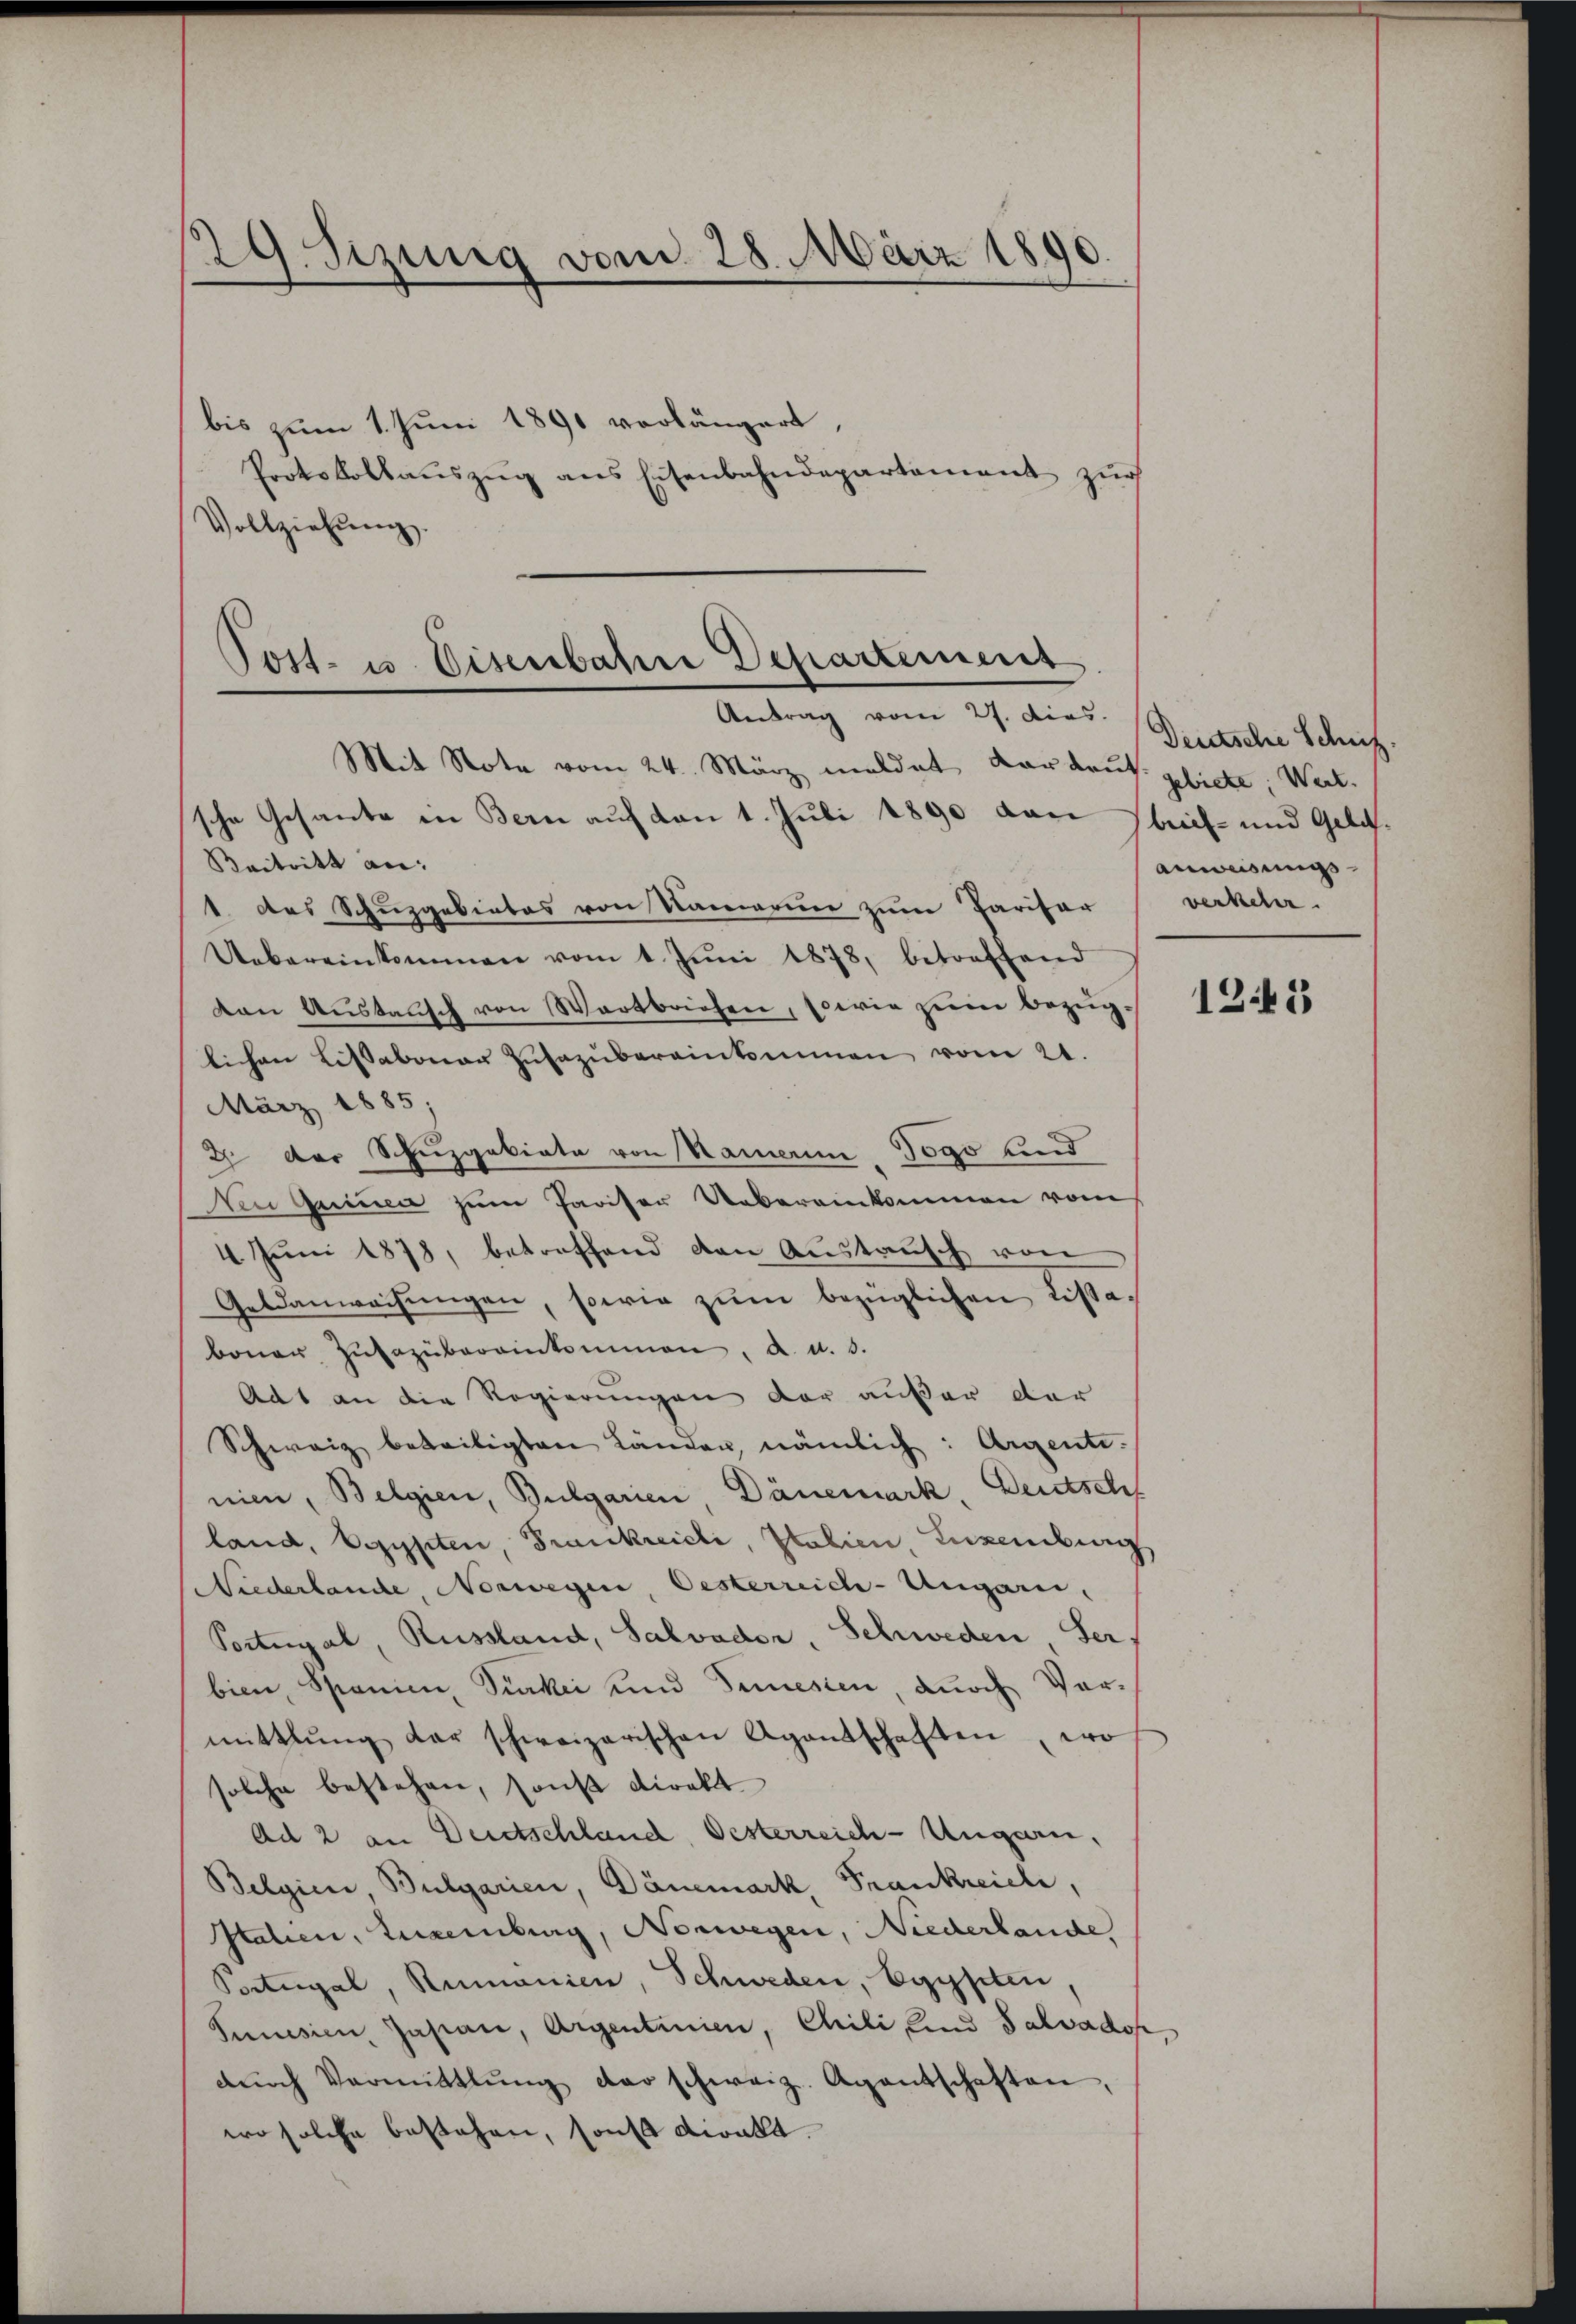
29. Sizung vom 28. März 1890

bis zum 1. Juni 1891 vorlängert,
Protokollaŭszŭg ans Eisenbahndepartement zur
Vollziehŭng.

Post- u. Eisenbahn Departement
Antrag vom 27. dies
Mit Note vom 24. März meldet Kardaut. gebiete. Wert

sche Gesante in Bern auf den 1. Juli 1890 von Brief- und Geld¬
Beitritt an: |
1. Das Schuzgebietes von Namerin zum Pariser verkehr.
Uebereinkommen vom 1. Jŭni 1878, betreffend
den Austausch von Wartbriefen, sowie zum bezüglichen Lissabonar Zŭsazŭbereinkommen vom 21
März 1885;
2 der Spuzgakirte von Namen Jogo und
Aen Quinen zum Pariser Uebereinkommen vom
4. Jŭni 1878, betreffend den Austausch von
Geldanweisŭngen, sowie zŭm bezüglichen Lissaboner Zusazübereinkommen, a. u. 3.
Adt an die Regierungen der außer der
Schweiz beteiligten Länden, nämlich: Argente.
nien, Belgien, Bulgarien, Dänemark, Deutsch
land, Egypten, Frankreichi, Italien, Luxenburg
Niederlande, Norwegen, Oesterreich-Ungarn,
Portugal, Russland, Salvader, Schweden, Ser,
bien, Spanica, Pikei und Semessen, durch Vormittlung der schweizerischen Agentschaften, wo
solche bestehen, sonst direkt
Ad 2 an Deutschland, Oesterreich-Ungarn,
Belgien, Bulgarien, Dänemark, Frankreieli,
Italien, Luxemburg, Norwegen, Niederlande
Portugal, Remonien, Schweden, Egypten,
Sunisien, Jasian, Argentinien, Chili und Salvadop
dŭrch Vermittlung der schweiz. Agantschaften
wo solche bestehen, sonst diralt.

Deutsche Schif
anweisungs

1243